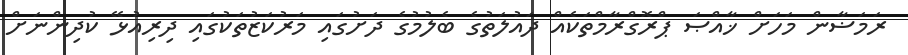
ރަމަޟާން މަހަށް ޚާއްޞަ ޕްރޮގްރާމްތަކެއް ދައުލަތުގެ ބެލުމުގެ ދަށުގައި މަރުކަޒުތަކުގައި ދިރިއުޅޭ ކުދިންނަށް